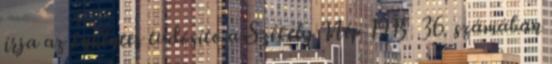
írja az önkéntes tudósító a Székely Nép 1915 36. számában